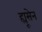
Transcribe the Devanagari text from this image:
ह्यूसेन